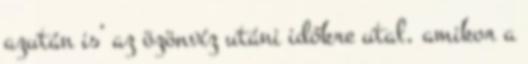
azután is’ az özönvíz utáni időkre utal, amikor a